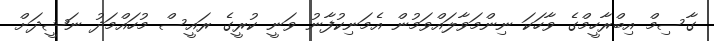
ގާސިމް އިބްރާހީމްގެ ވާހަކަ ނިންމަވާލައްވަމުން އެމަނިކުފާނު ވަނީ ކުރީގެ ރައީސް މުހައްމަދު ނަޝީދަށް